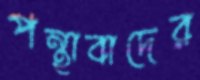
পন্থাবাদের